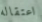
اعتقاله